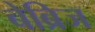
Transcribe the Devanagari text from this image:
बेब्रिज